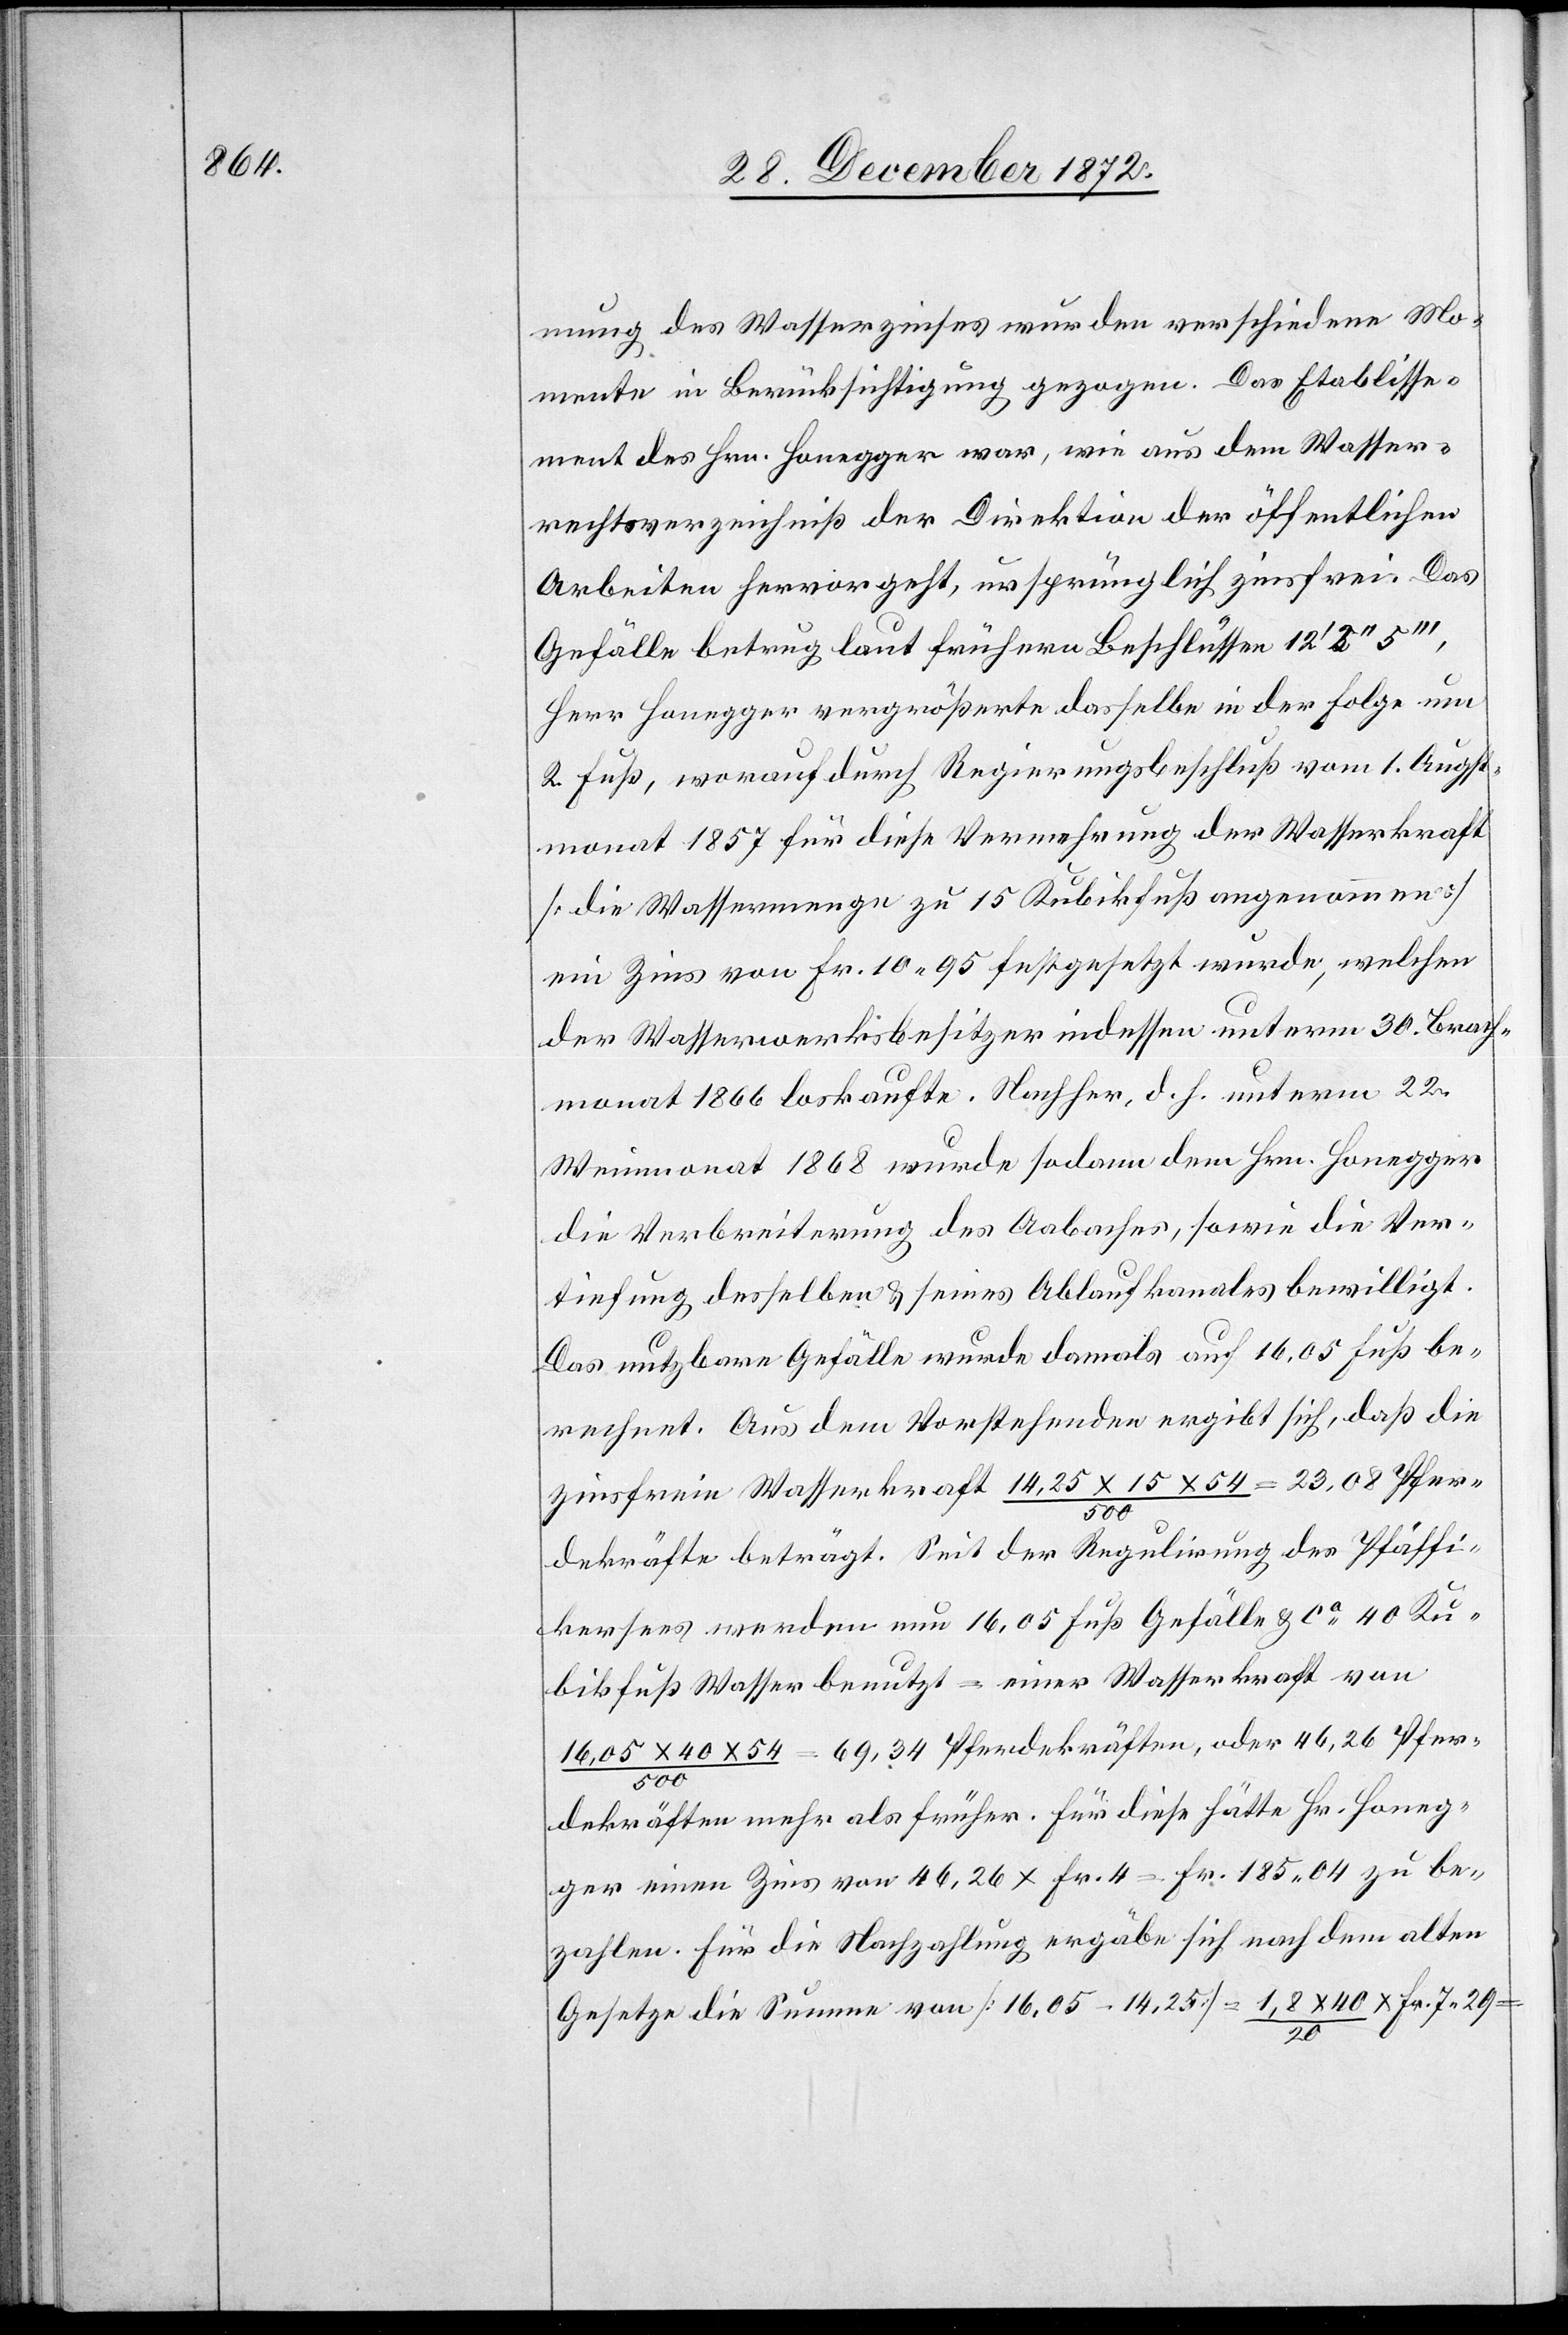
mung des Wasserzinses wurden verschiedene Mo¬
mente in Berücksichtigung gezogen. Das Etablisse¬
ment des Hrn. Honegger war, wie aus dem Wasser¬
rechtsverzeichniß der Direktion der öffentlichen
Arbeiten hervorgeht, ursprünglich zinsfrei. Das
Gefälle betrug laut frühern Beschlüssen 12’2’’5’’’,
Herr Honegger vergrößerte dasselbe in der Folge um
2. Fuß, worauf durch Regierungsbeschluß vom 1. Augst¬
monat 1857 für diese Vermehrung der Wasserkraft
[die Wassermenge zu 15 Kubikfuß angenommen]
ein Zins von Fr. 10 95 festgesetzt wurde, welchen
der Wasserwerksbesitzer indessen unterm 30. Brach¬
monat 1866 loskaufte. Nachher, d. h. unterm 22.
Weinmonat 1868 wurde sodann dem Hrn. Honegger
die Verbreiterung des Aabaches, sowie die Ver¬
tiefung desselben u. seines Ablaufkanales bewilligt.
Das nutzbare Gefälle wurde damals auf 16,05 Fuß be¬
rechnet. Aus dem Vorstehenden ergibt sich, daß die
zinsfreie Wasserkraft 14,25 x 15 x 54 / 500 = 23,08 Pfer¬
dekräfte beträgt. Seit der Regulirung des Pfäffi¬
kersees werden nun 16,05 Fuß Gefälle u. ca 40 Ku¬
bikfuß Wasser benutzt = einer Wasserkraft von
16,05 x 40 x 54 / 500 = 69,34 Pferdekräften, oder 46,26 Pfer¬
dekräften mehr als früher. Für diese hätte Hr. Honeg¬
ger einen Zins von 46,26 x Fr. 4 = Fr. 185 04 zu be¬
zahlen. Für die Nachzahlung ergäbe sich nach dem alten
Gesetze die Summe von [16,05 – 14,25] = 1,8 x 40 / 20 x Fr. 7 29 =